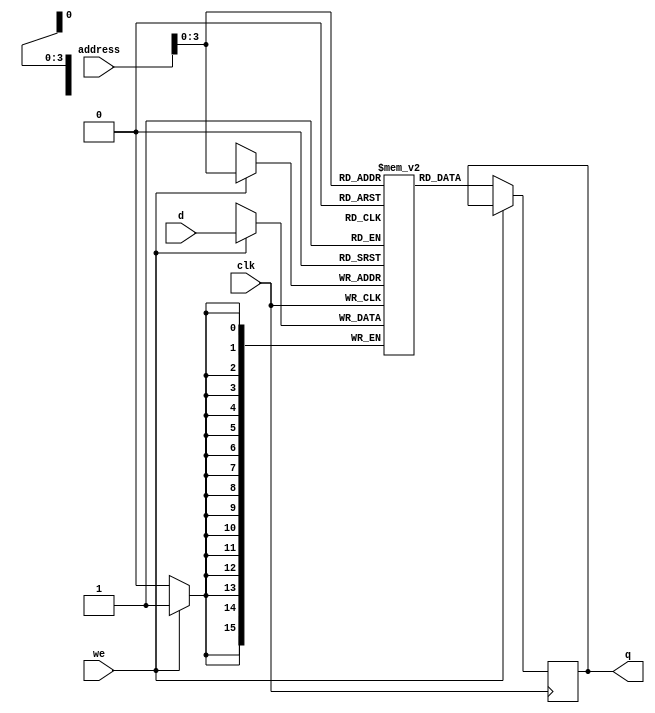
//SRAMA
module sram_output(
clk,
we,
d,
address,
q
);

input clk;	
input we;		//if(we) > [write enable] else > [read enable]
input signed [15:0] d; 	//data input (high impedance for this design)
input [5:0] address;	//memory address
output reg signed [15:0] q; 	//output

reg signed [15:0] mem [0:9];  

always @(posedge clk)
begin 
	if (we == 1)begin 
	mem[address] <= d; 

	end else if(we == 0)begin 
	q <= mem[address]; 
	end 
end

endmodule